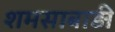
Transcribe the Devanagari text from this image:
शमसाबाड़ी